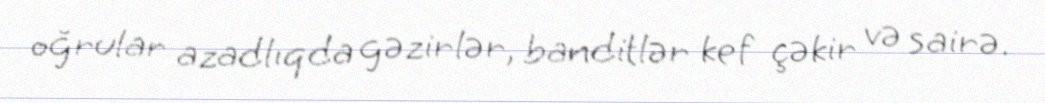
oğrular azadlıqda gəzirlər, banditlər kef çəkir və sairə.